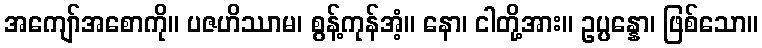
အကျော်အစောကို။ ပဇဟိဿာမ၊ စွန့်ကုန်အံ့။ နော၊ ငါတို့အား။ ဥပ္ပန္နော၊ ဖြစ်သော။